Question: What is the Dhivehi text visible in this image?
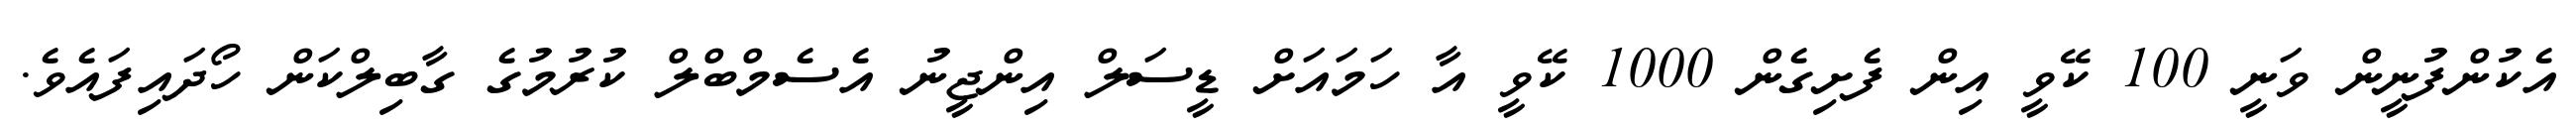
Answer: އެކުންފުނީން ވަނީ 100 ކޭވީ އިން ފެށިގެން 1000 ކޭވީ އާ ހަމައަށް ޑީސަލް އިންޖީނު އެސެމްބްލް ކުރުމުގެ ގާބިލްކަން ހޯދައިފައެވެ.